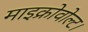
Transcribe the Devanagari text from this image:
माइक्रोवोल्ट।